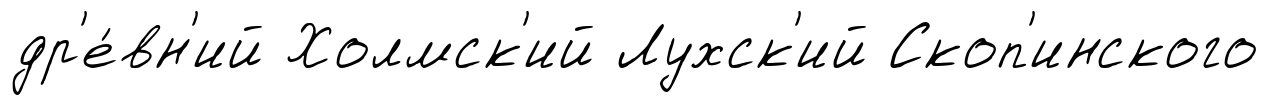
др'е́вн'ий Холмск'ий Лухск'ий Скоп'инского